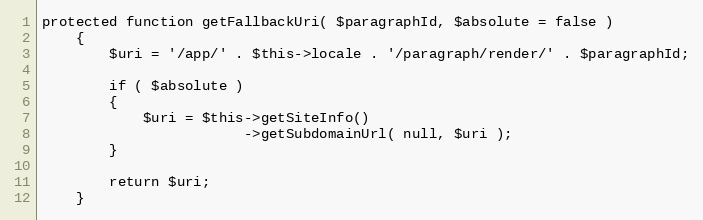
Language: PHP
protected function getFallbackUri( $paragraphId, $absolute = false )
    {
        $uri = '/app/' . $this->locale . '/paragraph/render/' . $paragraphId;

        if ( $absolute )
        {
            $uri = $this->getSiteInfo()
                        ->getSubdomainUrl( null, $uri );
        }

        return $uri;
    }